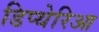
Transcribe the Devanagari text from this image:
डिप्थेरिआ